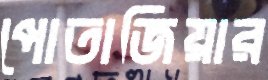
পোতাজিয়ার